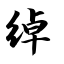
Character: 绰